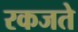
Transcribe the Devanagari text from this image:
रकजते